Scottish Leaving Certificate Examination, 1958
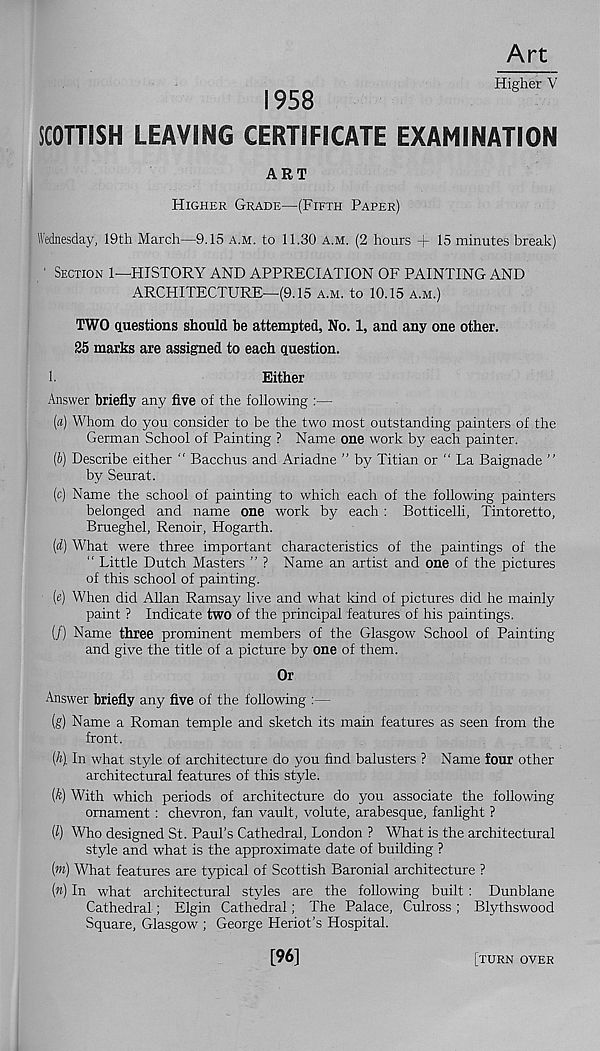
1958
Art
Higher V
SCOTTISH LEAVING CERTIFICATE EXAMINATION
ART
Higher Grade—(Fifth Paper)
Wednesday, 19th March—9.15 a.m. to 11.30 a.m. (2 hours + 15 minutes break)
' Section 1—HISTORY AND APPRECIATION OF PAINTING AND
ARCHITECTURE—(9.15 a.m. to 10.15 a.m.)
TWO questions should be attempted, No. 1, and any one other.
25 marks are assigned to each question.
1.
Either
Answer briefly any five of the following :—
(a) Whom do you consider to be the two most outstanding painters of the
German School of Painting ? Name one work bj? each painter.
(b) Describe either “ Bacchus and Ariadne ” by Titian or “ La Baignade ”
by Seurat.
(c) Name the school of painting to which each of the following painters
belonged and name one work by each : Botticelli, Tintoretto,
Brueghel, Renoir, Hogarth.
(d) What were three important characteristics of the paintings of the
“ Little Dutch Masters ” ? Name an artist and one of the pictures
of this school of painting.
(e) When did Allan Ramsay live and what land of pictures did he mainly
paint ? Indicate two of the principal features of his paintings.
(/) Name three prominent members of the Glasgow School of Painting
and give the title of a picture by one of them.
Or
Answer briefly any five of the following :—
(g) Name a Roman temple and sketch its main features as seen from the
front.
(h\ In what style of architecture do you find balusters ? Name four other
architectural features of this style.
[k) With which periods of architecture do you associate the following
ornament : chevron, fan vault, volute, arabesque, fanlight ?
{1) Who designed St. Paul’s Cathedral, London ? What is the architectural
style and what is the approximate date of building ?
(») What features are typical of Scottish Baronial architecture ?
(n) In what architectural styles are the following built : Dunblane
Cathedral; Elgin Cathedral; The Palace, Culross; Blythswood
Square, Glasgow ; George Heriot’s Hospital.
[96]
[turn over